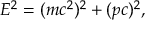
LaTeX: E ^ { 2 } = ( m c ^ { 2 } ) ^ { 2 } + ( p c ) ^ { 2 } ,